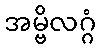
အမ္ဗိလဂ္ဂံ